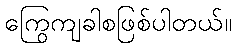
ကြွေကျခါစဖြစ်ပါတယ်။